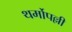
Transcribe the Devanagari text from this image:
थर्मोपल्ली